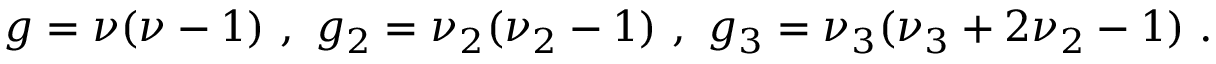
g = \nu ( \nu - 1 ) \ , \ g _ { 2 } = \nu _ { 2 } ( \nu _ { 2 } - 1 ) \ , \ g _ { 3 } = \nu _ { 3 } ( \nu _ { 3 } + 2 \nu _ { 2 } - 1 ) \ .